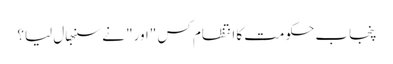
پنجاب حکومت کا انتظام کس "اور" نے سنبھال لیا؟